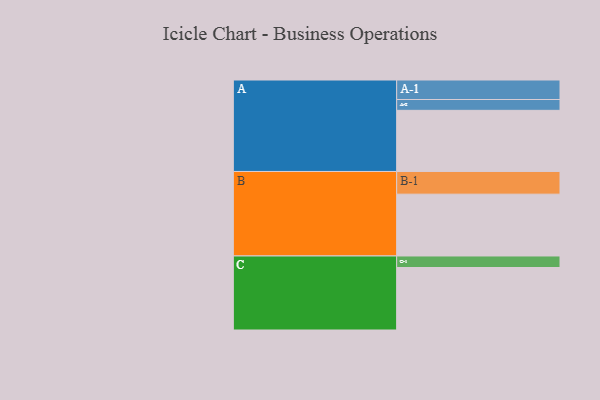
{"axis": {"x": "Segment", "y": "Value"}, "legend": ["", "A", "B", "C"], "data": [{"x": "A", "y": 536, "type": ""}, {"x": "B", "y": 542, "type": ""}, {"x": "C", "y": 548, "type": ""}, {"x": "A-1", "y": 171, "type": "A"}, {"x": "A-2", "y": 95, "type": "A"}, {"x": "B-1", "y": 199, "type": "B"}, {"x": "C-1", "y": 101, "type": "C"}]}